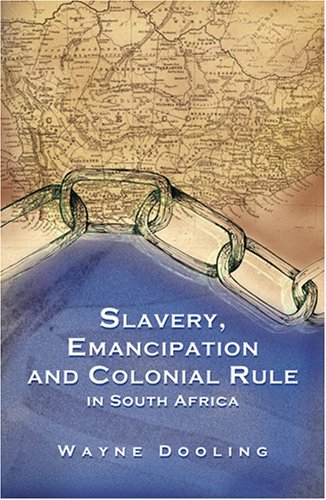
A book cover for Slavery, Emancipation and Colonial Rule in South Africa (Ohio RIS Africa Series); Wayne Dooling; History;